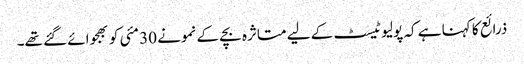
ذرائع کا کہنا ہے کہ پولیو ٹیسٹ کے لیے متاثرہ بچے کے نمونے 30 مئی کو بھجوائے گئے تھے۔